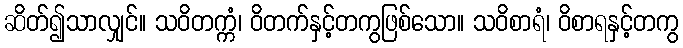
ဆိတ်၍သာလျှင်။ သဝိတက္ကံ၊ ဝိတက်နှင့်တကွဖြစ်သော။ သဝိစာရံ၊ ဝိစာရနှင့်တကွ